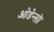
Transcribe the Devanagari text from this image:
ओडेन्सी